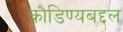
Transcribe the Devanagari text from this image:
कौडिण्यबद्दल